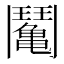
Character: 𩰘